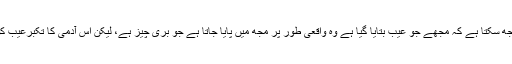
اگر وہ اپنے ضمیر کی طرف رجوع کرے تو حقیقت کو سمجھ سکتا ہے کہ مجھے جو عیب بتایا گیا ہے وہ واقعی طور پر مجھ میں پایا جاتا ہے جو بری چیز ہے، لیکن اس آدمی کا تکبرعیب کو تسلیم کرنے اور اسے ختم کرنے میں رکاوٹ بن جاتا ہے۔